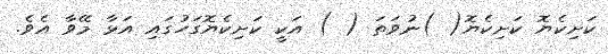
ކަށިކެޔޮ ކަށިކެޔޮ( )ނުވަތަ ( ) އަކީ ކަށިކެޔޮގަހުގައި އަޅާ މޭވާ އެވެ.